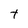
Character: t